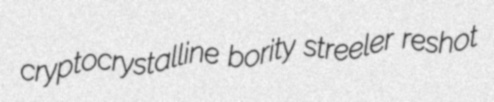
cryptocrystalline bority streeler reshot